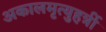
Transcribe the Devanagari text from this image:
अकालमृत्युहर्त्री